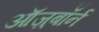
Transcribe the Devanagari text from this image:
ऑज़्बॉर्न